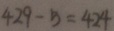
4 2 9 - 5 = 4 2 4